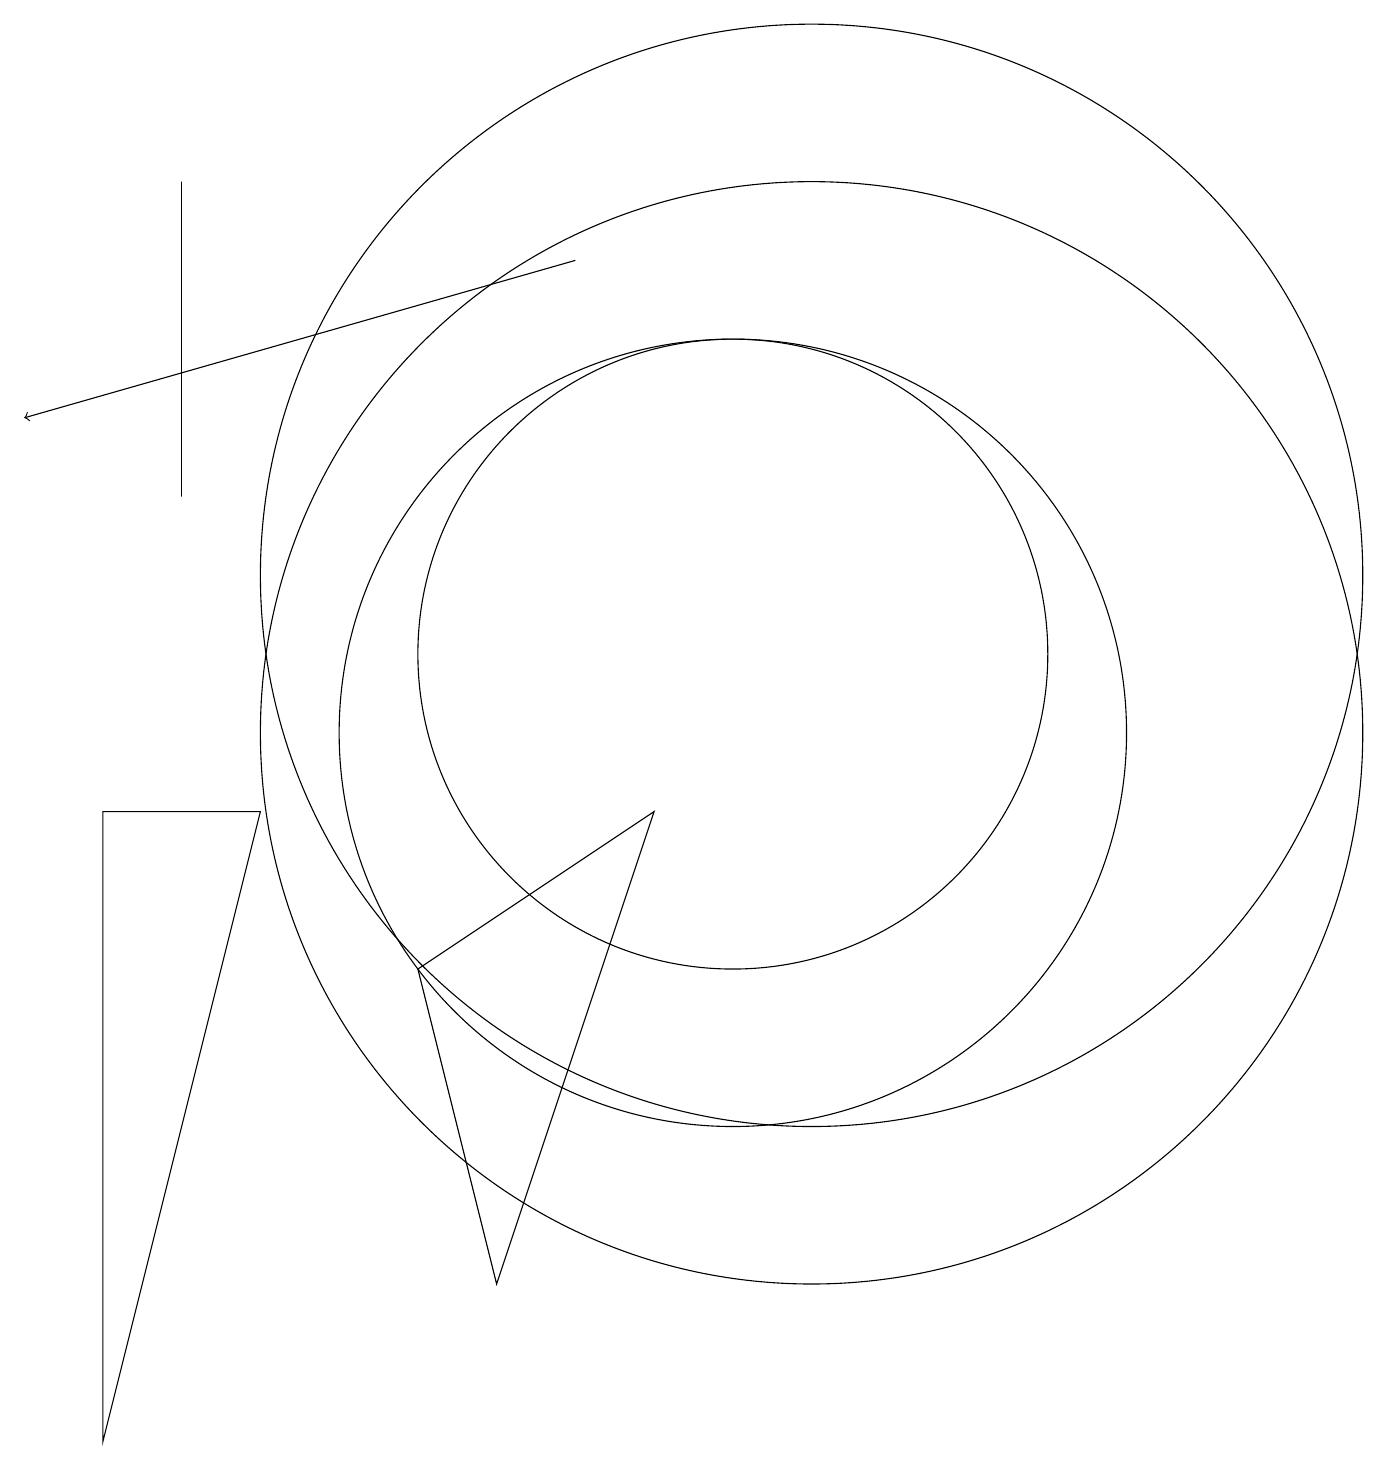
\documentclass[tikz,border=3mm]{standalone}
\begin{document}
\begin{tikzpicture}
\draw[->] (8,16) -- (1,14);
\draw (3,17) rectangle (3,13);
\draw (4,9) -- (2,1) -- (2,9) -- cycle;
\draw (11,12) circle (7);
\draw (6,7) -- (7,3) -- (9,9) -- cycle;
\draw (10,10) circle (5);
\draw (11,10) circle (7);
\draw (10,11) circle (4);
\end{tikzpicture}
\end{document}